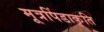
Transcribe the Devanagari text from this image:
मूत्रपिंडाकृति